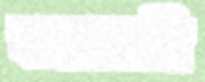
ফরফরানি